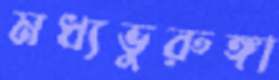
মধ্যভুরুঙ্গা